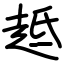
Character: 趆